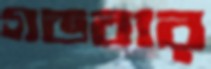
গডবার